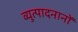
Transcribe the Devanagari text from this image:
व्युत्पादनानों